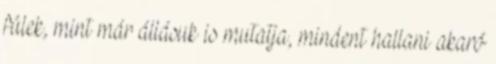
fülek, mint már állásuk is mutatja, mindent hallani akaró